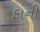
ફાની